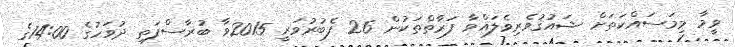
ވީމާ މިމަސައްކަތަށް ޝައުޤުވެރިވެލައްވާ ފަރާތްތަކުން 26 ފެބުރުވަރީ 2015ވާ ބުރާސްފަތި ދުވަހުގެ 14:00ގެ